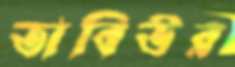
তাবিউর